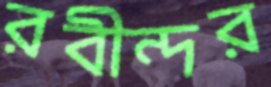
রবীন্দর